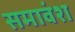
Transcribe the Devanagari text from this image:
समावंश